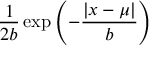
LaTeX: { \frac { 1 } { 2 b } } \exp \left( - { \frac { | x - \mu | } { b } } \right)